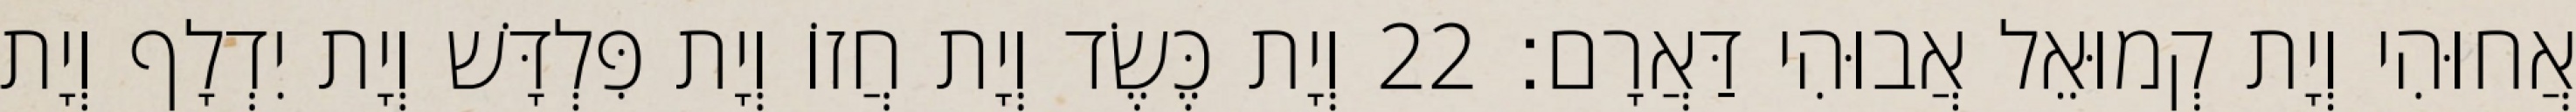
אֲחוּהִי וְיָת קְמוּאֵל אֲבוּהִי דַּאֲרָם׃ 22 וְיָת כֶּשֶׂד וְיָת חֲזוֹ וְיָת פִּלְדָּשׁ וְיָת יִדְלָף וְיָת